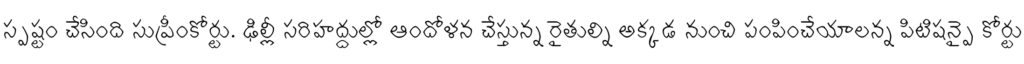
స్పష్టం చేసింది సుప్రీంకోర్టు. ఢిల్లీ సరిహద్దుల్లో ఆందోళన చేస్తున్న రైతుల్ని అక్కడ నుంచి పంపించేయాలన్న పిటిషన్పై కోర్టు